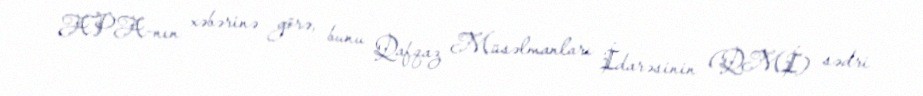
APA-nın xəbərinə görə, bunu Qafqaz Müsəlmanları İdarəsinin (QMİ) sədri